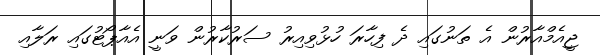
ޖީއެމްއާރުން އެ ތަނުގައި ދެ ފިހާރަ ހުޅުވިއިރު ސަރުކާރުން ވަނީ އެއާޕޯޓުގައި ރަލާއި